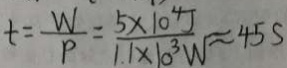
t = \frac { W } { P } = \frac { 5 \times 1 0 ^ { 4 } J } { 1 . 1 \times 1 0 ^ { 3 } W } \approx 4 5 5